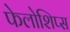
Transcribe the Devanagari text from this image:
फेलोशिप्स